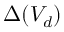
\Delta ( V _ { d } )